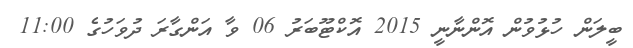
ބީލަން ހުޅުވުން އޮންނާނީ 2015 އޮކްޓޫބަރު 06 ވާ އަންގާރަ ދުވަހުގެ 11:00